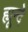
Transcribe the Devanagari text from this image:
ह्यून्दे